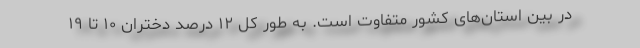
در بین استان‌های کشور متفاوت است. به طور کل ۱۲ درصد دختران ۱۰ تا ۱۹